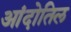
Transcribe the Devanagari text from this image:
आंदोतिल